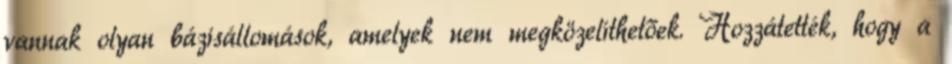
vannak olyan bázisállomások, amelyek nem megközelíthetőek. Hozzátették, hogy a